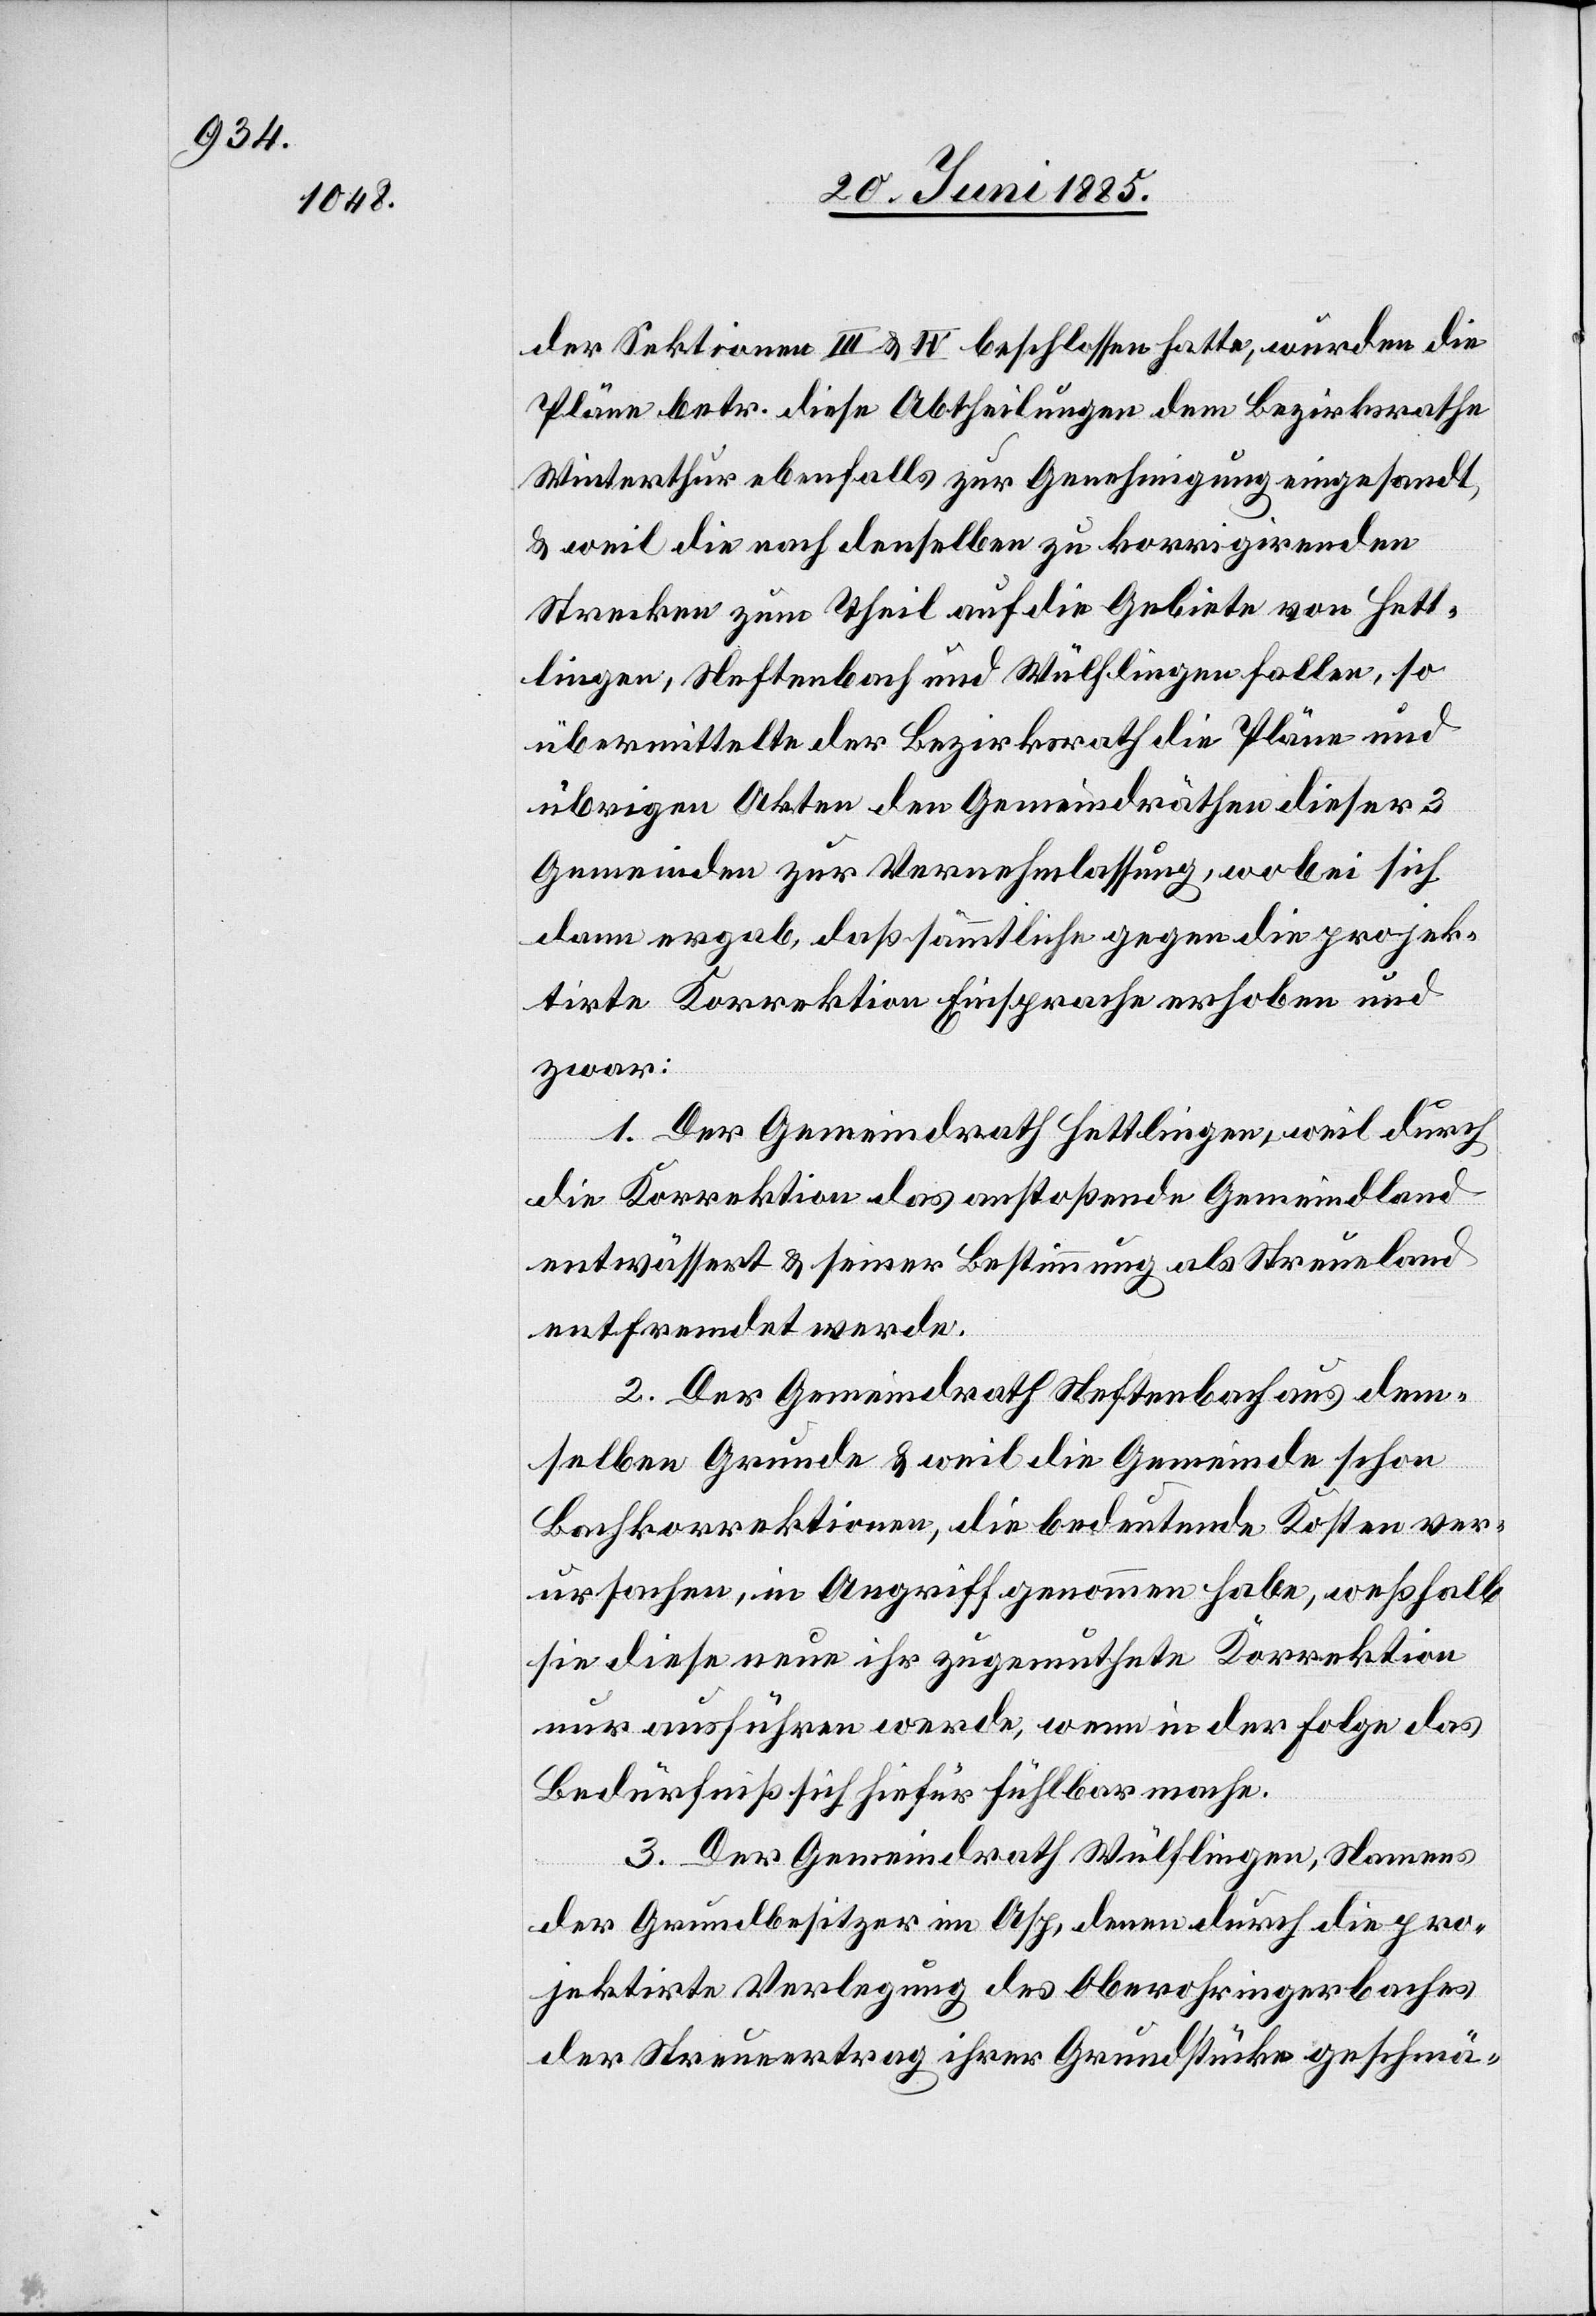
der Sektionen III & IV beschlossen hatte, wurden die
Pläne betr. diese Abtheilungen dem Bezirksrathe
Winterthur ebenfalls zur Genehmigung eingesandt,
& weil die nach denselben zu korrigierenden
Strecken zum Theil auf die Gebiete von Hett¬
lingen, Neftenbach und Wülflingen fallen, so
übermittelte der Bezirksrath die Pläne und
übrigen Akten den Gemeindräthen dieser 3
Gemeinden zur Vernehmlassung, wobei sich
dann ergab, daß sämmtliche gegen die projek¬
tirte Korrektion Einsprachen erhoben und
zwar:
1. Der Gemeindrath Hettlingen, weil durch
die Korrektion das anstoßende Gemeindland
entwässert & seiner Bestimmung als Streueland
entfremdet werde.
2. Der Gemeindrath Neftenbach aus dem¬
selben Grunde & weil die Gemeinde schon
Bachkorrektionen, die bedeutende Kosten ver¬
ursachen, in Angriff genommen habe, weßhalb
sie diese neue ihr zugemuthete Korrektion
nur ausführen werde, wenn in der Folge das
Bedürfniß sich hiefür fühlbar mache.
3. Der Gemeindrath Wülflingen, Namens
der Grundbesitzer im Asp, denen durch die pro¬
jektirte Verlegung des Oberohringerbaches
der Steuerertrag ihrer Grundstücke geschmä-